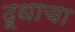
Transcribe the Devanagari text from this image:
दूधाचा